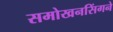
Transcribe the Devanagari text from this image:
समोखनसिंगने